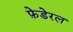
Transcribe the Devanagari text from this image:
फ़ेडेरल